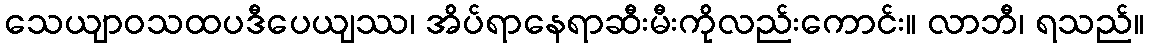
သေယျာဝသထပဒီပေယျဿ၊ အိပ်ရာနေရာဆီးမီးကိုလည်းကောင်း။ လာဘီ၊ ရသည်။